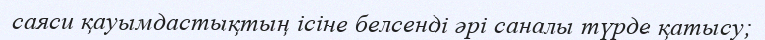
саяси қауымдастықтың ісіне белсенді әрі саналы түрде қатысу;